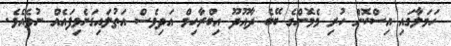
ހަމަލާގައި އިސްކޮށް ހުރި މެމޮންގެ ބޭބެ ދާއޫދޫ އިބްރާހިމް އަދިވެސް އަތުލައިގަނެވިފައެއް ނުވެއެވެ.